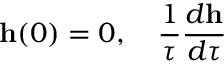
{ \bf h } ( 0 ) = 0 , \quad \frac { 1 } { \tau } \frac { d { \bf h } } { d \tau }